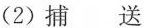
(2)捕送